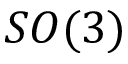
S O ( 3 )